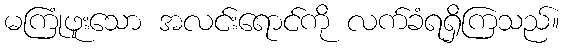
မကြုံဖူးသော အလင်းရောင်ကို လက်ခံရရှိကြသည်။